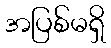
အပြစ်မရှိ